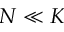
N \ll K